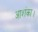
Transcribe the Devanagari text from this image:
आशंका।